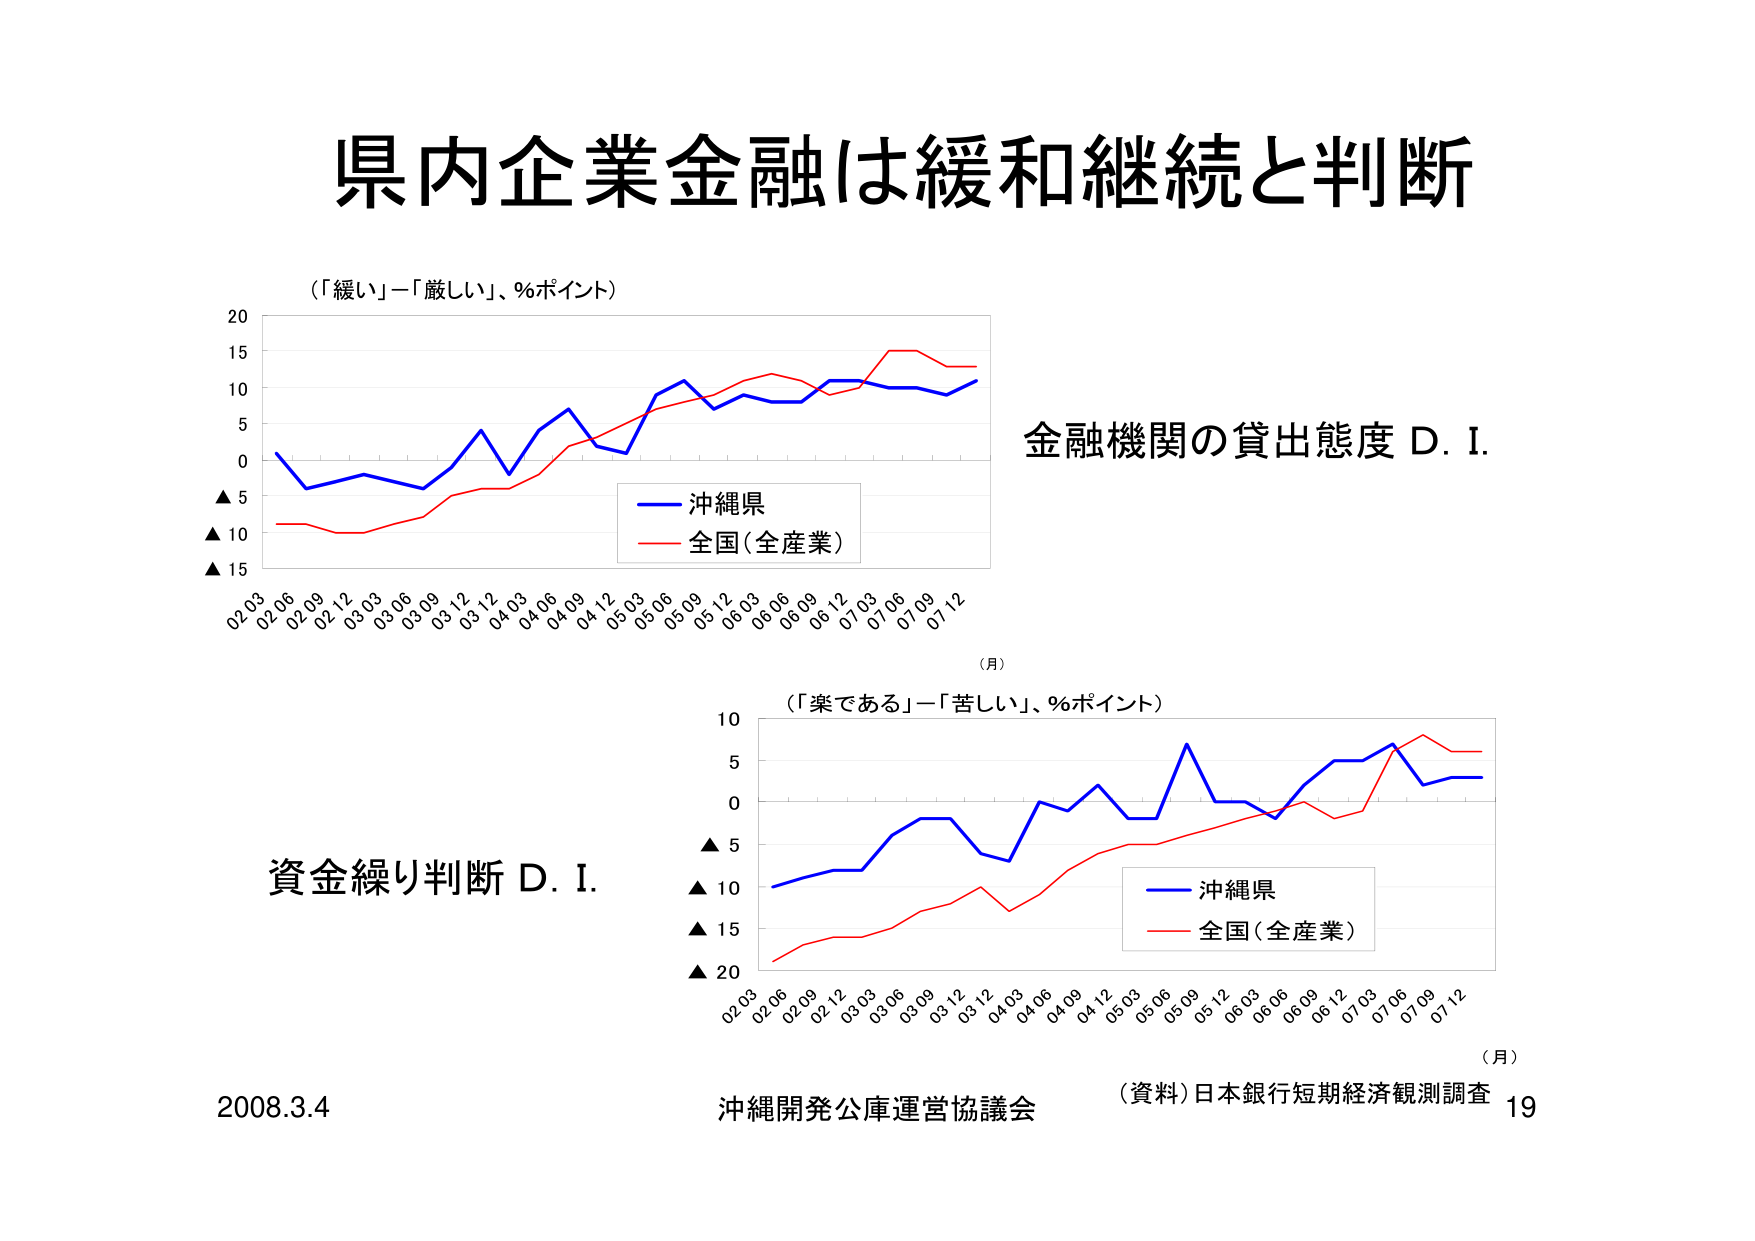
県内企業金融は緩和継続と判断

（「緩い」－「厳しい」、％ポイント）

20
15
10
5
0
▲5
▲10
▲15

02.03 02.06 02.09 02.12 03.03 03.06 03.09 03.12 04.03 04.06 04.09 04.12 05.03 05.06 05.09 05.12 06.03 06.06 06.09 06.12 07.03 07.06 07.09 07.12

（月）

金融機関の貸出態度 D. I.

■ 沖縄県
■ 全国（全産業）

（「楽である」－「苦しい」、％ポイント）

10
5
0
▲5
▲10
▲15
▲20

02.03 02.06 02.09 02.12 03.03 03.06 03.09 03.12 04.03 04.06 04.09 04.12 05.03 05.06 05.09 05.12 06.03 06.06 06.09 06.12 07.03 07.06 07.09 07.12

（月）

資金繰り判断 D. I.

■ 沖縄県
■ 全国（全産業）

2008.3.4

沖縄開発公庫運営協議会

（資料）日本銀行短期経済観測調査 19